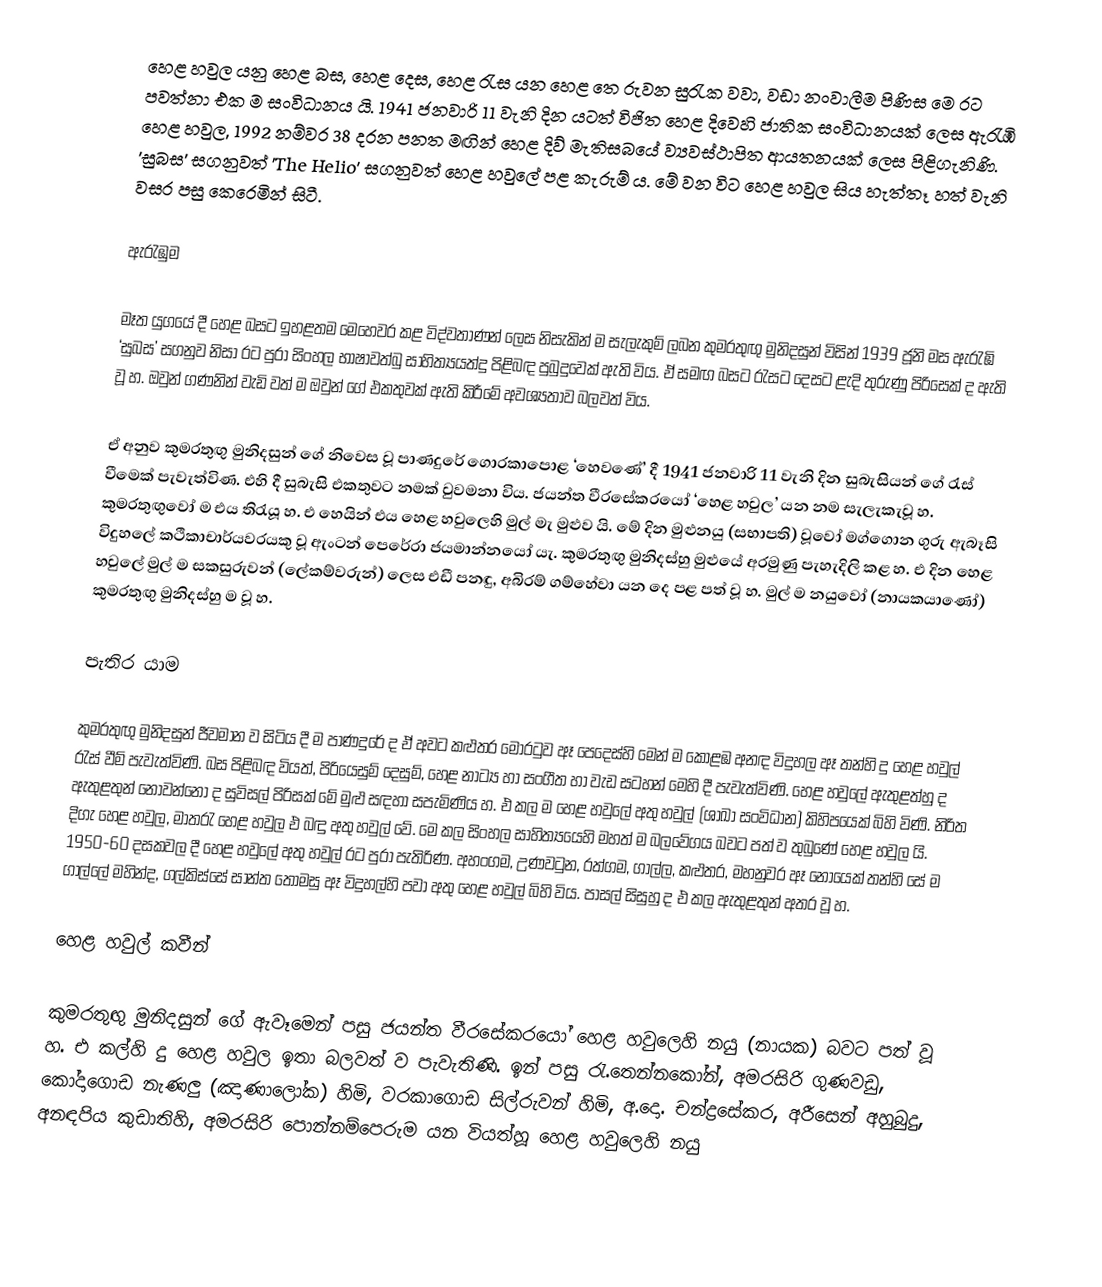
හෙළ හවුල යනු හෙළ බස, හෙළ දෙස, හෙළ රැස යන හෙළ තෙ රුවන සුරැක වවා, වඩා නංවාලීම පිණිස මෙ රට පවත්නා එක ම සංවිධානය යි. 1941 ජනවාරි 11 වැනි දින යටත් විජිත හෙළ දිවෙහි ජාතික සංවිධානයක් ලෙස ඇරැඹි හෙළ හවුල, 1992 නම්වර 38 දරන පනත මඟින් හෙළ දිව් මැතිසබයේ ව්‍යවස්ථාපිත ආයතනයක් ලෙස පිළිගැනිණි. 'සුබස' සගනුවත් 'The Helio' සගනුවත් හෙළ හවුලේ පළ කැරුම් ය. මේ වන විට හෙළ හවුල සිය හැත්තෑ හත් වැනි වසර පසු කෙරෙමින් සිටී.

ඇරැඹුම

මෑත යුගයේ දී හෙළ බසට ඉහළතම මෙහෙවර කළ විද්වතාණන් ලෙස නිසැකින් ම සැලැකුම් ලබන කුමරතුඟු මුනිදසුන් විසින් 1939 ජූනි මස ඇරැඹි ‘සුබස’ සගනුව නිසා රට පුරා සිංහල භාෂාවත්බු සාහිත්‍යයත්දු පිළිබඳ පුබුදුවෙක් ඇති විය. ඒ සමඟ බසට රැසට දෙසට ළැදි තුරුණු පිරිසෙක් ද ඇති වූ හ. ඔවුන් ගණනින් වැඩි වත් ම ඔවුන් ගේ එකතුවක් ඇති කිරීමේ අවශ්‍යතාව බලවත් විය.

ඒ අනුව කුමරතුඟු මුනිදසුන් ගේ නිවෙස වූ පාණදුරේ ගොරකාපොළ ‘හෙවණේ’ දී 1941 ජනවාරි 11 වැනි දින සුබැසියන් ගේ රැස් වීමෙක් පැවැත්විණ. එහි දී සුබැසි එකතුවට නමක් වුවමනා විය. ජයන්ත වීරසේකරයෝ ‘හෙළ හවුල’ යන නම සැලැකැවූ හ. කුමරතුඟුවෝ ම එය තිරැයූ හ. එ හෙයින් එය හෙළ හවුලෙහි මුල් මැ මුළුව යි. මේ දින මුළුනයු (සභාපති) වූවෝ මග්ගොන ගුරු ඇබෑසි විදුහලේ කථිකාචාර්යවරයකු වූ ඇංටන් පෙරේරා ජයමාන්නයෝ යැ. කුමරතුඟු මුනිදස්හු මුළුයේ අරමුණු පැහැදිලි කළ හ. එ දින හෙළ හවුලේ මුල් ම සකසුරුවන් (ලේකම්වරුන්) ලෙස එඩී පනඳු, අබිරම් ගම්හේවා යන දෙ පළ පත් වූ හ. මුල් ම නයුවෝ (නායකයාණෝ) කුමරතුඟු මුනිදස්හු ම වූ හ.

පැතිර යාම

කුමරතුඟු මුනිදසුන් ජීවමාන ව සිටිය දී ම පාණදුරේ ද ඒ අවට කළුතර මොරටුව ඈ පෙදෙස්හි මෙන් ම කොළඹ අනඳ විදුහල ඈ තන්හි දු හෙළ හවුල් රැස් වීම් පැවැත්විණි. බස පිළිබඳ වියත්, පිරියෙසුම් දෙසුම්, හෙළ නාට්‍ය හා සංගීත හා වැඩ සටහන් මෙහි දී පැවැත්විණි. හෙළ හවුලේ ඇතුළත්හු ද ඇතුළතුන් නොවන්නෝ ද සුවිසල් පිරිසක් මේ මුළු සඳහා සපැමිණිය හ. එ කල ම හෙළ හවුලේ අතු හවුල් (ශාඛා සංවිධාන) කිහිපයෙක් බිහි විණි. නිරිත දිගැ හෙළ හවුල, මාතරැ හෙළ හවුල එ බඳු අතු හවුල් වේ. මෙ කල සිංහල සාහිත්‍යයෙහි මහත් ම බලවේගය බවට පත් ව තුබුණේ හෙළ හවුල යි. 1950-60 දසකවල දී හෙළ හවුලේ අතු හවුල් රට පුරා පැතිරිණ. අහංගම, උණවටුන, රත්ගම, ගාල්ල, කළුතර, මහනුවර ඈ නොයෙක් තන්හි සේ ම ගාල්ලේ මහින්ද, ගල්කිස්සේ සාන්ත තොමසු ඈ විදුහල්හි පවා අතු හෙළ හවුල් බිහි විය. පාසල් සිසුහු ද එ කල ඇතුළතුන් අතර වූ හ.

හෙළ හවුල් කවීන්

කුමරතුඟු මුනිදසුන් ගේ ඇවෑමෙන් පසු ජයන්ත වීරසේකරයෝ හෙළ හවුලෙහි නයු (නායක) බවට පත් වූ හ. එ කල්හි දු හෙළ හවුල ඉතා බලවත් ව පැවැතිණි. ඉන් පසු රැ.තෙන්නකෝන්, අමරසිරි ගුණවඩු, කෝදාගොඩ නැණලු (ඤාණාලෝක) හිමි, වරකාගොඩ සිල්රුවන් හිමි, අ.දො. චන්ද්‍රසේකර, අරීසෙන් අහුබුදු, අනඳපිය කුඩාතිහි, අමරසිරි පොන්නම්පෙරුම යන වියත්හූ හෙළ හවුලෙහි නයු